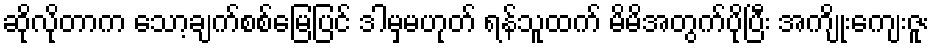
ဆိုလိုတာက သော့ချက်စစ်မြေပြင် ဒါမှမဟုတ် ရန်သူထက် မိမိအတွက်ပိုပြီး အကျိုးကျေးဇူး